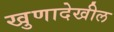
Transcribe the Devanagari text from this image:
खुणादेखील